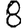
Digit: 8